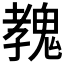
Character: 𩳔